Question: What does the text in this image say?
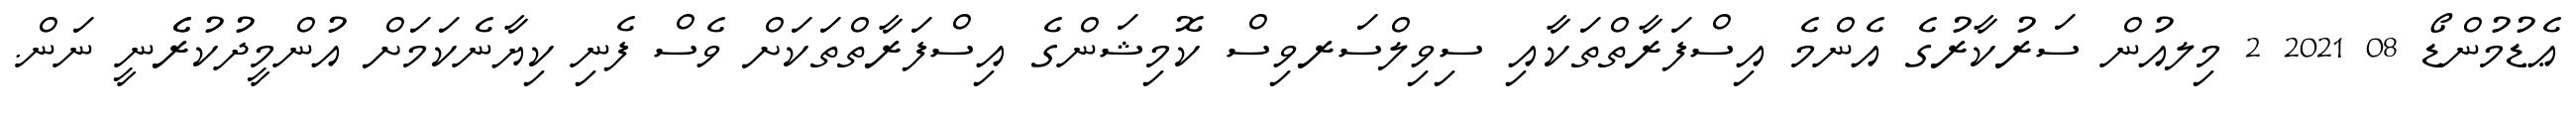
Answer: ޢެޑުމުންޑޯ 08 2021 2 މިލއުން ސަރުކާރުގެ އެންމެ އިސްފަރާތްތަކާއި ސިވިލްސަރވިސް ކޮމިޝަންގެ އިސްފަރާތްތަކަށް ވެސް ފެނި ކިޔާނެކަމަށް އުންމީދުކުރެެނީ ނަން.